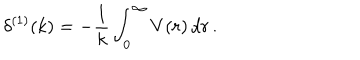
LaTeX: \delta ^ { ( 1 ) } ( k ) = - \frac { 1 } { k } \int _ { 0 } ^ { \infty } V ( r ) \, d r \, .